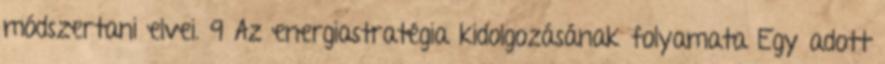
módszertani elvei. 9 Az energiastratégia kidolgozásának folyamata Egy adott